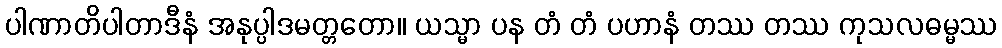
ပါဏာတိပါတာဒီနံ အနုပ္ပါဒမတ္တတော။ ယသ္မာ ပန တံ တံ ပဟာနံ တဿ တဿ ကုသလဓမ္မဿ